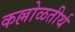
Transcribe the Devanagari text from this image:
कल्लोळतीर्थ